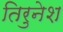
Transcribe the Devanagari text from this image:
तिरुनेश